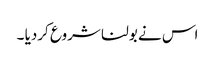
اس نے بولنا شروع کردیا ۔